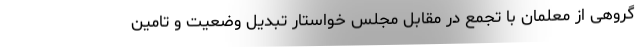
گروهی از معلمان با تجمع در مقابل مجلس خواستار تبدیل وضعیت و تامین